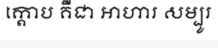
ក្តោប គឺជា អាហារ សម្បូរ